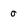
Character: o